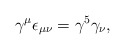
\begin{align*}\gamma^\mu\epsilon_{\mu\nu} = \gamma^5\gamma_\nu,\end{align*}